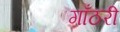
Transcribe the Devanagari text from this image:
गाँठरी